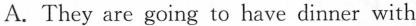
A.They are going to have dinner with